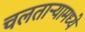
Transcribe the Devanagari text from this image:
चलताऱ्यामध्ये